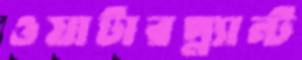
ওয়াটারপ্ল্যান্ট